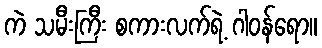
ကဲ သမီးကြီး စကားလက်ရဲ့ ဂါဝန်ရော။